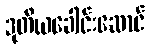
ဒုတိယခေါင်းဆောင်